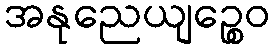
အနုညေယျဉ္စေဝ